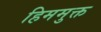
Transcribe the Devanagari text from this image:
हिममुक्त